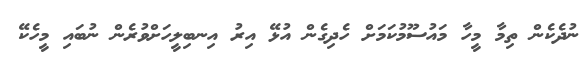
ނުދެކެން ތިމާ މީހާ މައުސޫމުކަމަށް ހެދިގެން އުޅޭ އިރު އިނބިލީހަށްވުރެން ނުބައި މީހެކޭ